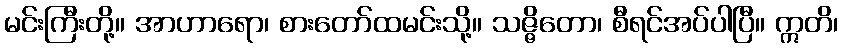
မင်းကြီးတို့။ အာဟာရော၊ စားတော်ထမင်းသို့။ သဇ္ဇိတော၊ စီရင်အပ်ပါပြီ။ ဣတိ၊